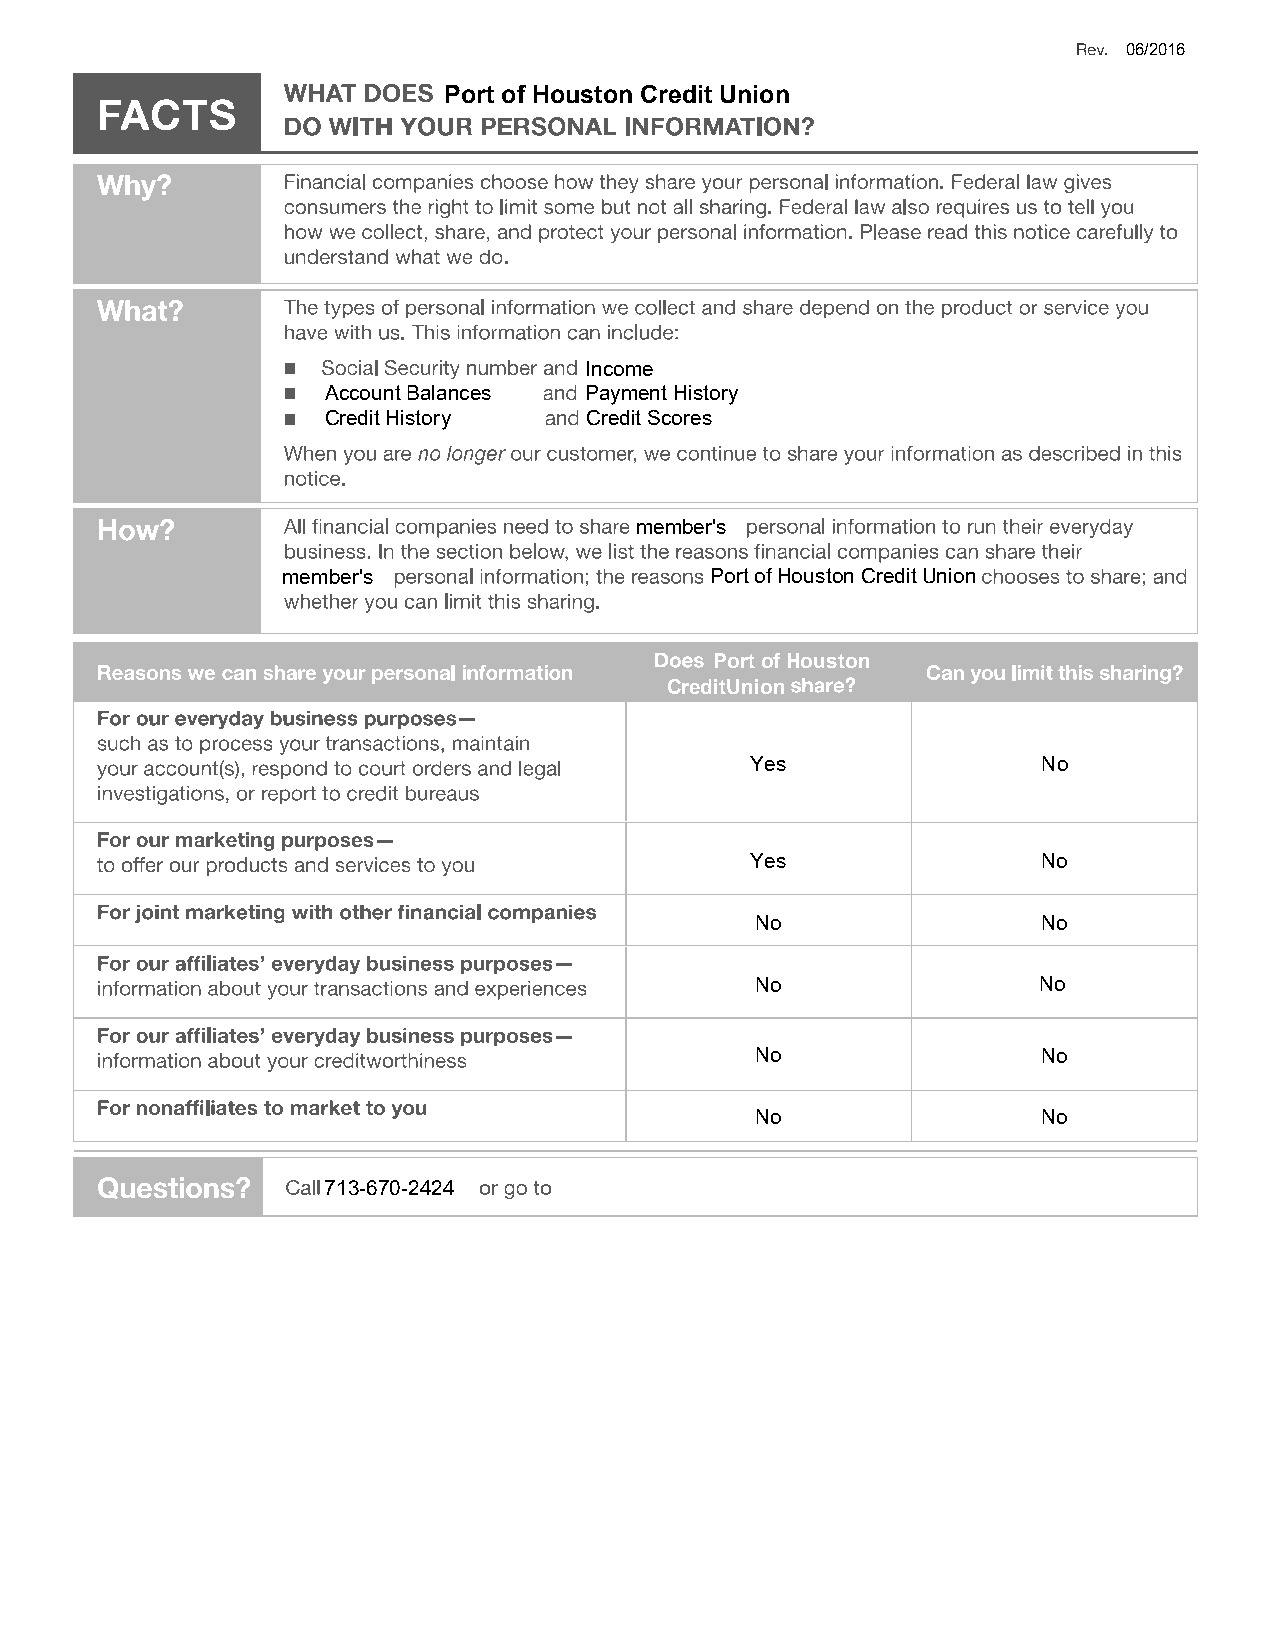
06/2016
 Port of Houston Credit Union
 Income
 AccountBalances  PaymentHistory
 CreditHistory    CreditScores
 member's
 member's                    PortofHoustonCreditUnion
 PortofHouston
 CreditUnion
 Yes                No
 Yes                No
 No                 No
 No                 No
 No                 No
 No                 No
 713-670-2424